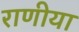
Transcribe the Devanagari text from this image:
राणीया